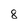
Character: 8